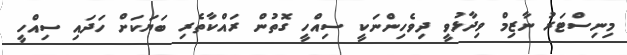
މިނިސްޓަރު ނާޒިމް ވިދާޅުވީ ދިވެހިންނަކީ ސިއްހީ ގޮތުން ރައްކާތެރި ބަޔަކަށް ހަދައި ސިއްހީ